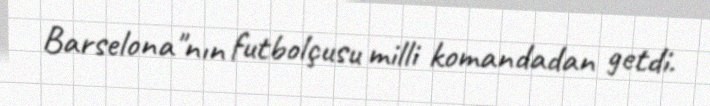
Barselona"nın futbolçusu milli komandadan getdi.